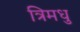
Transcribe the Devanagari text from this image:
त्रिमधु